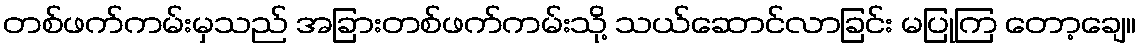
တစ်ဖက်ကမ်းမှသည် အခြားတစ်ဖက်ကမ်းသို့ သယ်ဆောင်လာခြင်း မပြုကြ တော့ချေ။